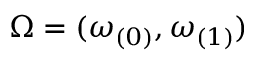
\Omega = ( \omega _ { ( 0 ) } , \omega _ { ( 1 ) } )